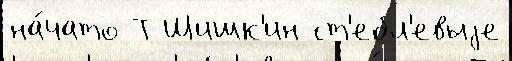
на́чато Т Шишк'ин ст'ебл'евыjе